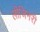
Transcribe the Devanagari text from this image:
लीजिनरी